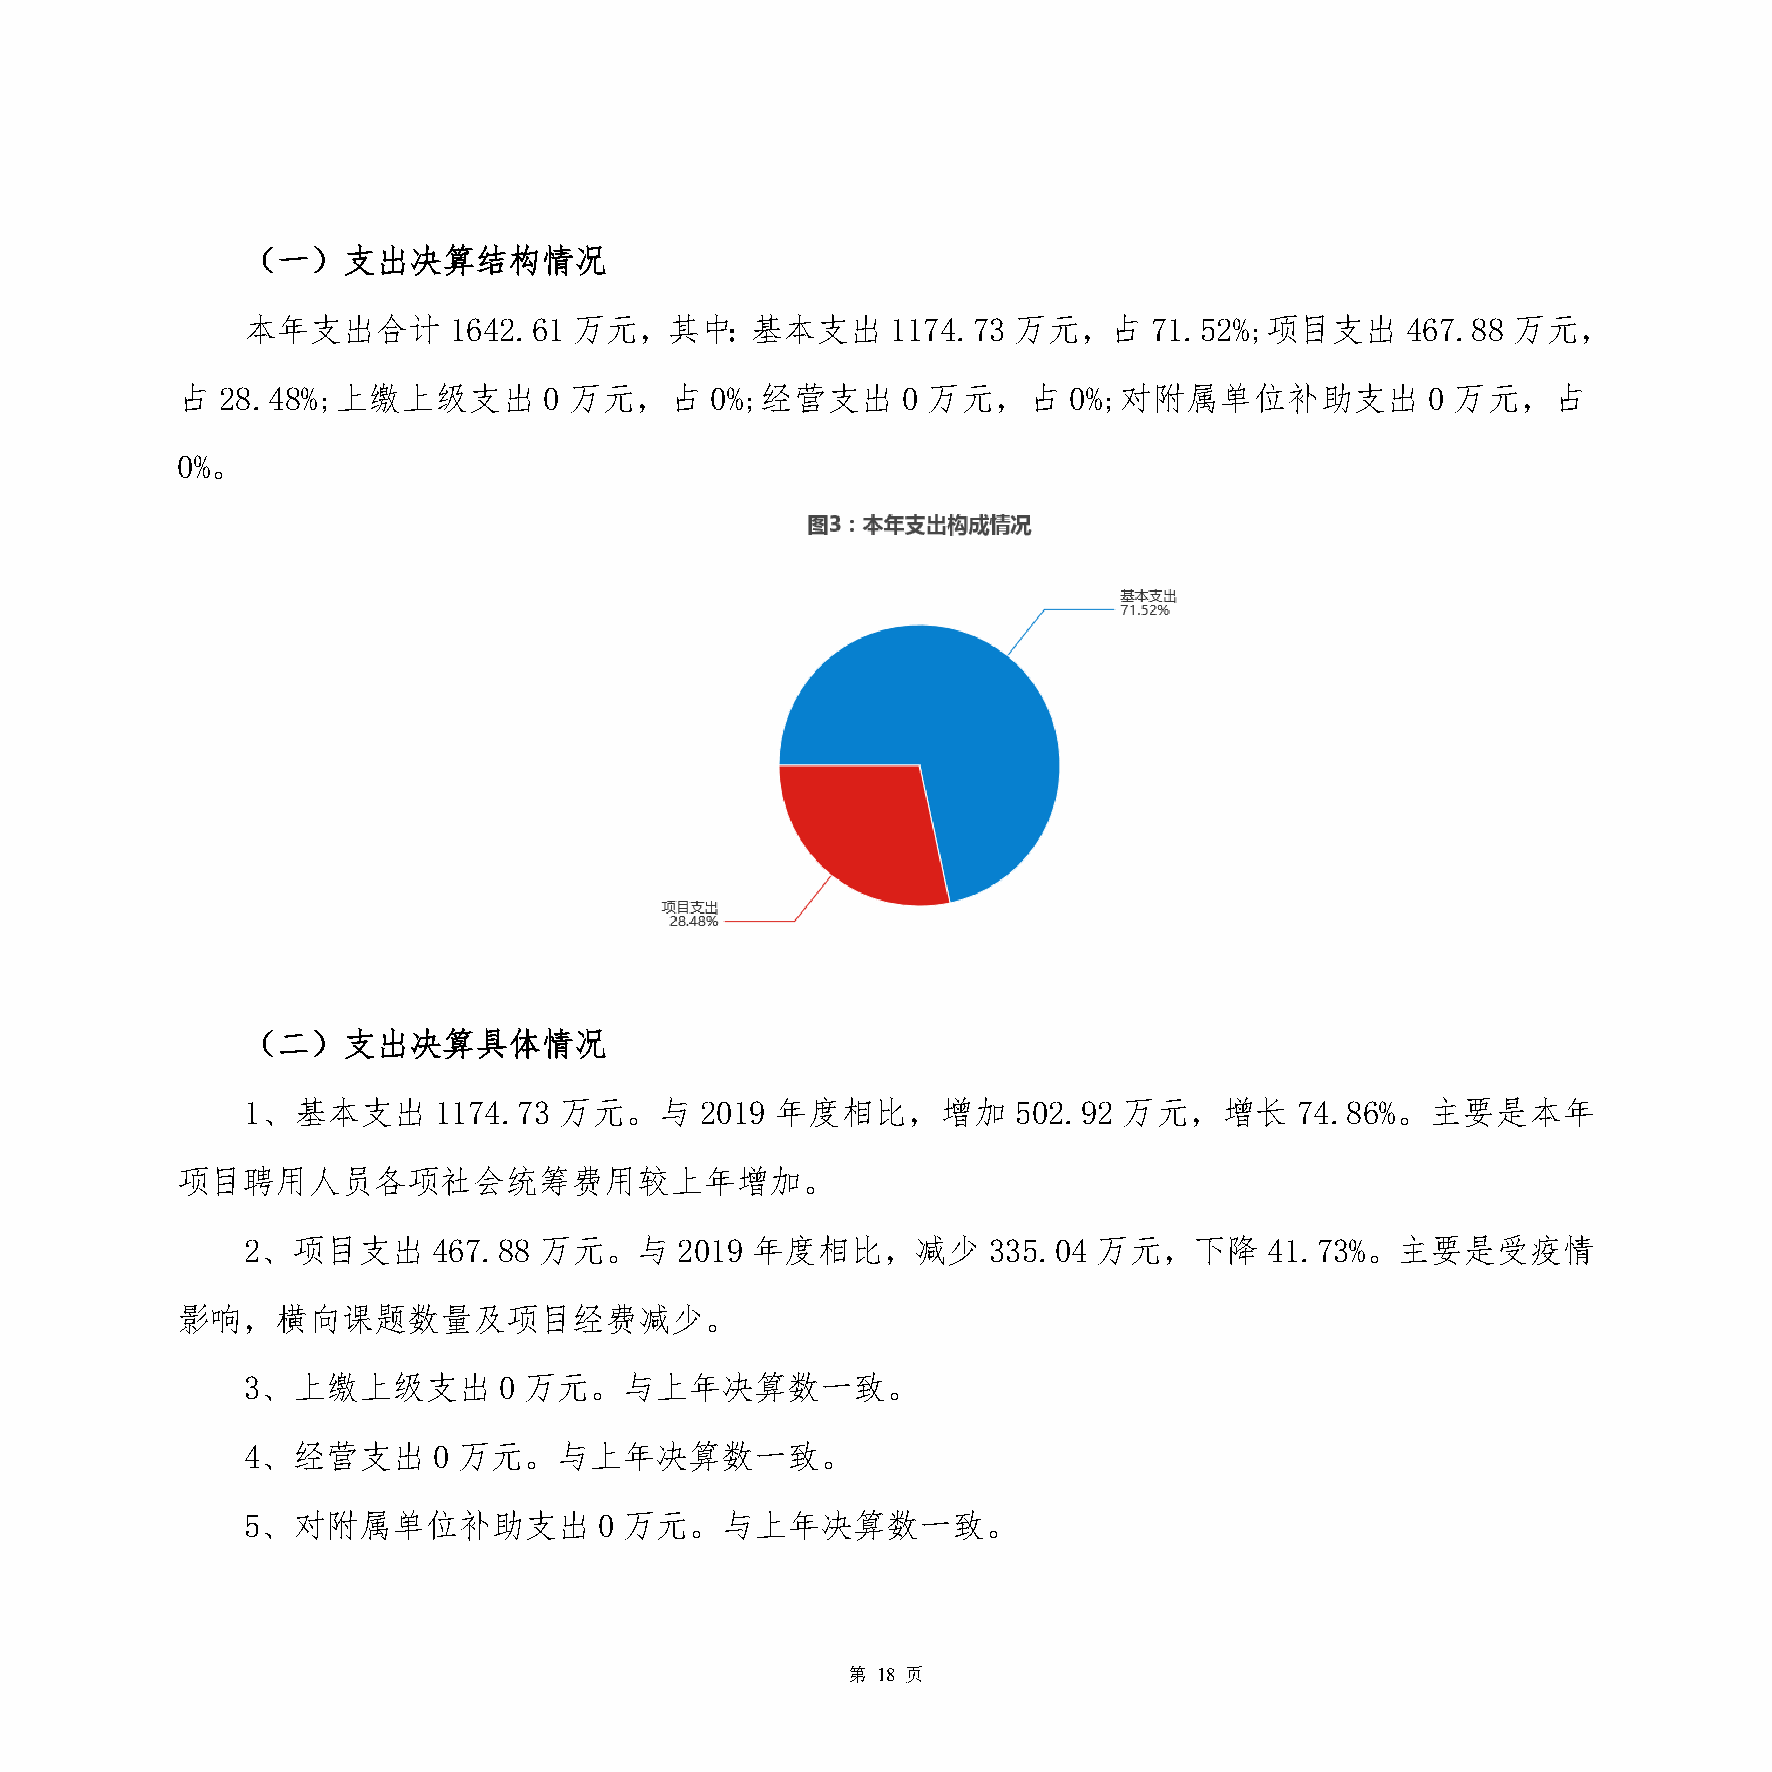
（一）支出决算结构情况
 本年支出合计        1642.61 万元，其中：基本支出           1174.73 万元，占     71.52%;项目支出      467.88 万元，
 占 28.48%;上缴上级支出         0 万元，占     0%;经营支出      0 万元，占     0%;对附属单位补助支出            0 万元，占
 0%。
 （二）支出决算具体情况
 1、基本支出       1174.73 万元。与     2019 年度相比，增加         502.92 万元，增长       74.86%。主要是本年
 项目聘用人员各项社会统筹费用较上年增加。
 2、项目支出       467.88 万元。与     2019 年度相比，减少        335.04  万元，下降      41.73%。主要是受疫情
 影响，横向课题数量及项目经费减少。
 3、上缴上级支出         0 万元。与上年决算数一致。
 4、经营支出       0 万元。与上年决算数一致。
 5、对附属单位补助支出             0 万元。与上年决算数一致。
 第 18 页